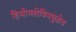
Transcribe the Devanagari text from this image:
हिमोग्लोबिनमुळेच